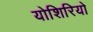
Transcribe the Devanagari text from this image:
योशिरियो